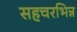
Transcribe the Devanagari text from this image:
सहचरभिन्न